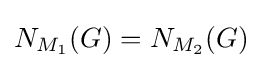
N_{M_{1}}(G)=N_{M_{2}}(G)